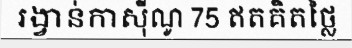
រង្វាន់កាស៊ីណូ 75 ឥតគិតថ្លៃ